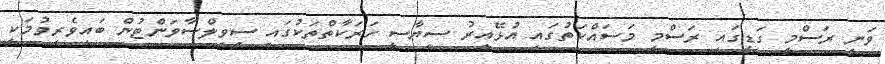
ވަނީ ރަސްމީ ގަޑީގައި ރަސްމީ މަސައްކަތުގައި އުޅޭއިރު ސިޔާސީ ހަރަކާތްތަކުގައި ސިވިލްސާވަންޓުން ބައިވެެރިވުމަކީ